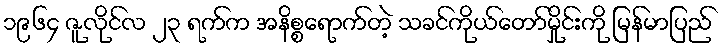
၁၉၆၄ ဇူလိုင်လ ၂၃ ရက်က အနိစ္စရောက်တဲ့ သခင်ကိုယ်တော်မှိုင်းကို မြန်မာပြည်